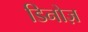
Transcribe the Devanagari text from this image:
डिनोज़